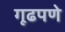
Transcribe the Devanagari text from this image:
गूढपणे